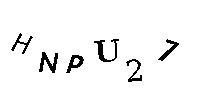
HNPU27